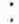
: